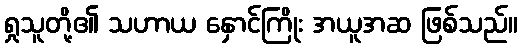
ရှုသူတို့၏ သဟာယ နှောင်ကြိုး အယူအဆ ဖြစ်သည်။